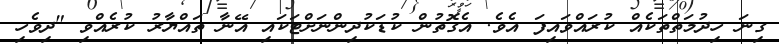
ގިނަ ހިދުމަތްތަކެެއް ކުރައްވައިފަ އެވެ. އެގޮތުން ކުޑަކުދިންނަށްޓަކައި އޭނާ ތައްޔާރު ކުރެއްވި "ދިވެހި